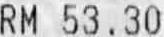
RM 53.30